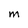
Character: m